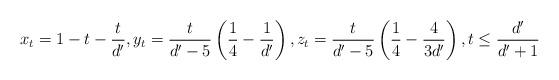
LaTeX: \begin{align*}x_t = 1 - t - \frac{t}{d'}, y_t = \frac{t}{d'-5} \left( \frac{1}{4} - \frac{1}{d'} \right), z_t = \frac{t}{d'-5} \left( \frac{1}{4} - \frac{4}{3 d'} \right), t \leq \frac{d'}{d'+1}\end{align*}